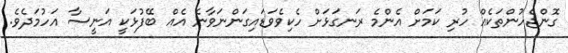
ގޮންޖެހުންތަކެއް ހުރި ކަމަށް އެންމެ ރަނގަޅަށް ހެކިވެވަޑައިގަންނަވާނެ އެއް ބޭފުޅަކީ އަނީސާ އަހުމަދެވެ.